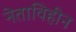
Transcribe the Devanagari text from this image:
नेताविहीन